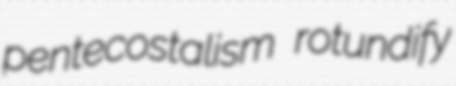
pentecostalism rotundify